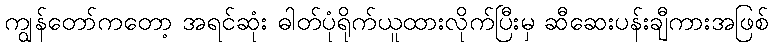
ကျွန်တော်ကတော့ အရင်ဆုံး ဓါတ်ပုံရိုက်ယူထားလိုက်ပြီးမှ ဆီဆေးပန်းချီကားအဖြစ်